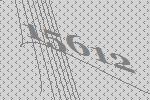
15612